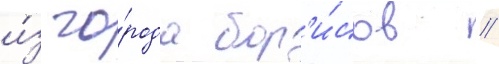
и́з го́рода бор'и́сов //